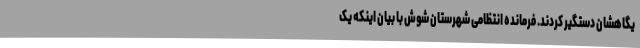
یگاهشان دستگیر کردند. فرمانده انتظامی شهرستان شوش با بیان اینکه یک